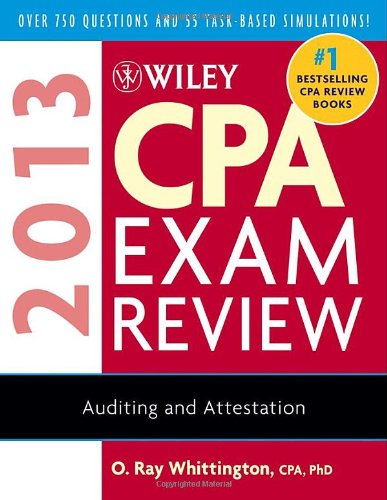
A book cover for Wiley CPA Exam Review 2013, Auditing and Attestation; O. Ray Whittington; Test Preparation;